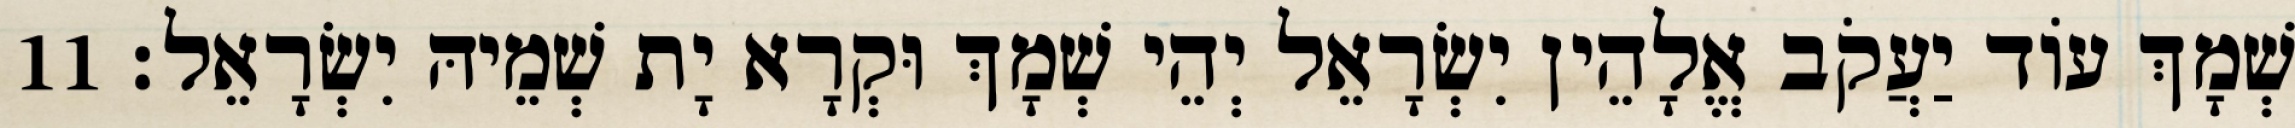
שְׁמָךְ עוֹד יַעֲקֹב אֱלָהֵין יִשְׂרָאֵל יְהֵי שְׁמָךְ וּקְרָא יָת שְׁמֵיהּ יִשְׂרָאֵל׃ 11